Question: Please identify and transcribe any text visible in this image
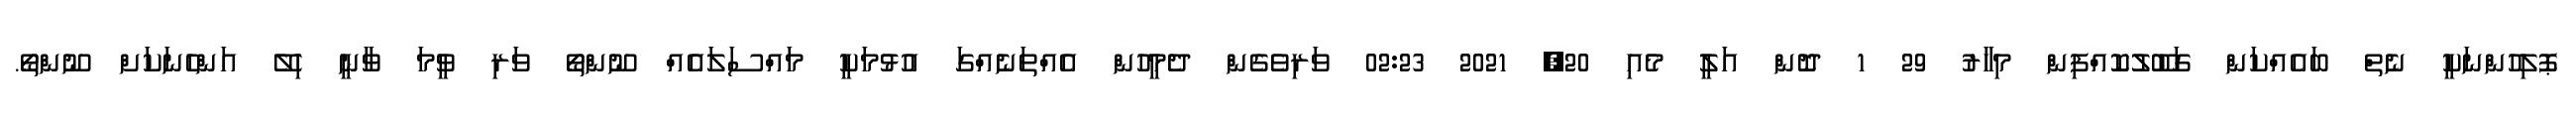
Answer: ޕޮލިހުންނަކީ ނެތް ބައެއްކަން ގަބޫލުކޮއްފިން މިހާރު 29 1 ދޮން އަލީ މެއި 20, 2021 02:23 ވަރިވެގެން ދެމީހުން އެއްތަނެއްގަ އުޅުމަކީ މައްސަލައެއް ނޫންތޯ ވަރި ވީމަ ވާނީ ހިލޭ އަންހެނަކަށް ނޫންތޯ.